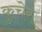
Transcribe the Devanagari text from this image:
कुचेर